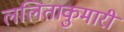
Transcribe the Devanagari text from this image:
ललिताकुमारी